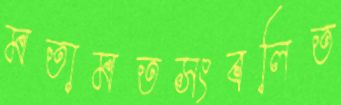
মতামতসংবলিত